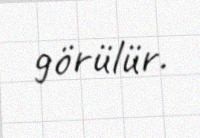
görülür.